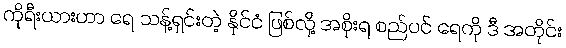
ကိုရီးယားဟာ ရေ သန့်ရှင်းတဲ့ နိုင်ငံ ဖြစ်လို့ အစိုးရ စည်ပင် ရေကို ဒီ အတိုင်း